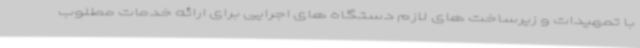
با تمهیدات و زیرساخت های لازم دستگاه های اجرایی برای ارائه خدمات مطلوب